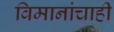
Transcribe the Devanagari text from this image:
विमानांचाही